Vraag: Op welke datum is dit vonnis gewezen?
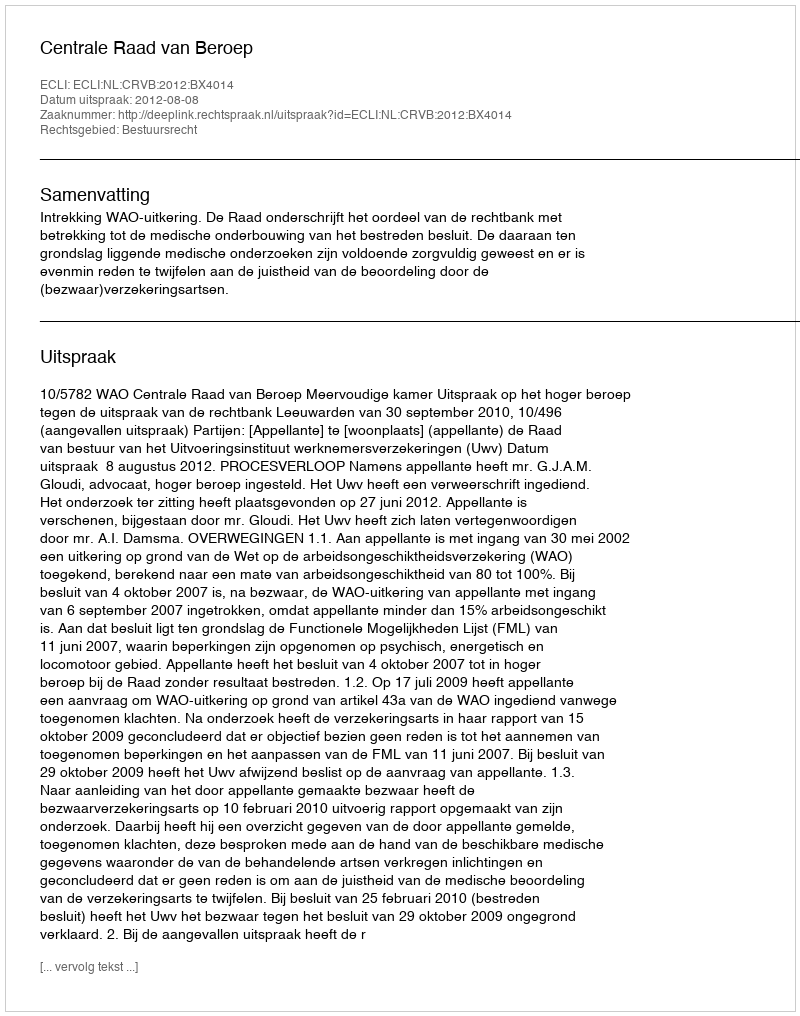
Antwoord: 2012-08-08